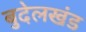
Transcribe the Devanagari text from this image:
बुदेलखंड